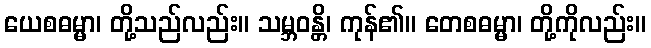
ယေစဓမ္မာ၊ တို့သည်လည်း။ သမ္ဘဝန္တိ၊ ကုန်၏။ တေစဓမ္မာ၊ တို့ကိုလည်း။